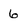
Character: 6